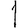
Digit: 1